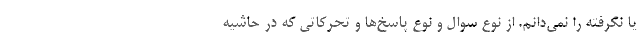
یا نگرفته را نمی‌دانم. از نوع سوال و نوع پاسخ‌ها و تحرکاتی که در حاشیه